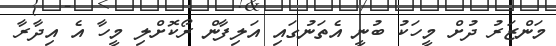
މަންޒަރު ދުށް މީހަކު ބުނީ އެތަނުގައި އަލިފާން ރޯކޮށްލި މީހާ އެ އިދާރާ